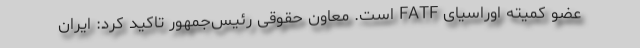
عضو کمیته اوراسیای FATF است. معاون حقوقی رئیس‌جمهور تاکید کرد: ایران